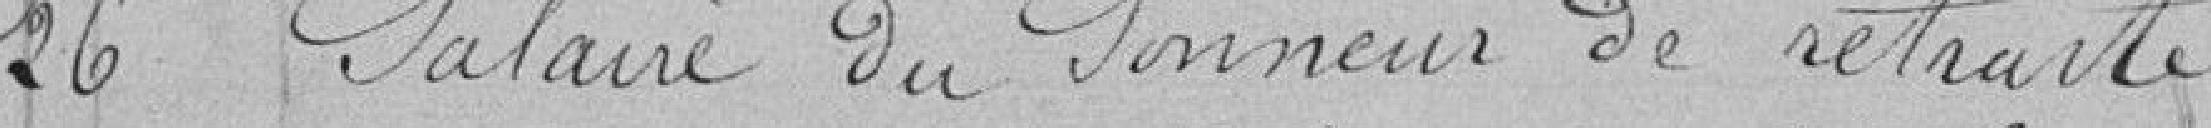
26 Salaire du sonneur de retraite